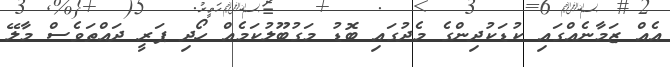
އެއް ޒަމާނެއްގައި ކުޑަކުދިންގެ މެދުގައި ބޮޑު މަގުބޫލުކަމެއް ހޯދި ޕަރީ ދައްތަވެސް މާލޭ